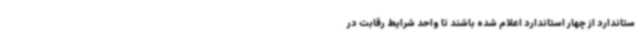
ستاندارد از چهار استاندارد اعلام شده باشند تا واحد شرایط رقابت در